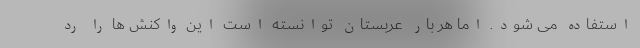
استفاده می شود. اما هر بار عربستان توانسته است این واکنش ها را رد